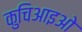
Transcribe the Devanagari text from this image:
कुचिआइओ